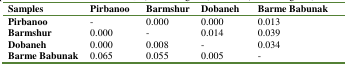
<table><thead><tr><td><b>Samples</b></td><td><b>Pirbanoo</b></td><td><b>Barmshur</b></td><td><b>Dobaneh</b></td><td><b>Barme Babunak</b></td></tr></thead><tbody><tr><td><b>Pirbanoo</b></td><td>-</td><td>0.000</td><td>0.000</td><td>0.013</td></tr><tr><td><b>Barmshur</b></td><td>0.000</td><td>-</td><td>0.014</td><td>0.039</td></tr><tr><td><b>Dobaneh</b></td><td>0.000</td><td>0.008</td><td>-</td><td>0.034</td></tr><tr><td><b>Barme Babunak</b></td><td>0.065</td><td>0.055</td><td>0.005</td><td>-</td></tr></tbody></table>